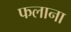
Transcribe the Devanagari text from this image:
फलाना